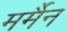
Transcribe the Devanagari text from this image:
मर्मैन